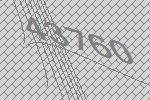
43760